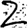
Digit: 2